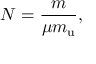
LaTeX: N = { \frac { m } { \mu m _ { \mathrm { u } } } } ,